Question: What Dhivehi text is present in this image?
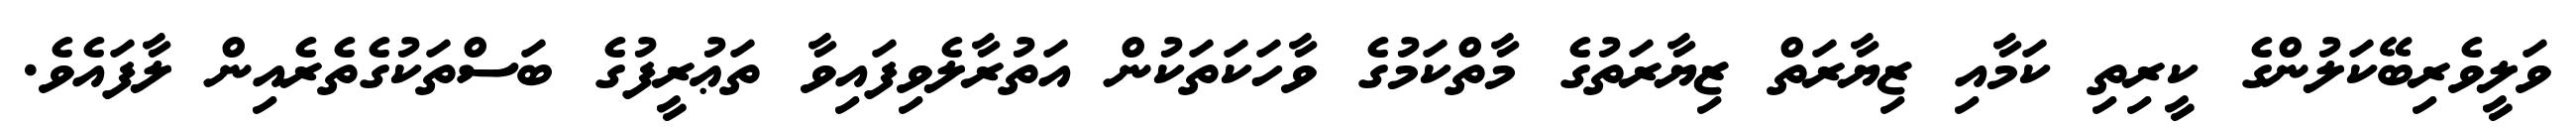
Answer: ވަލީވެރިބޭކަލުންގެ ކީރިތި ކަމާއި ޒިޔާރަތް ޒިޔާރަތުގެ މާތްކަމުގެ ވާހަކަތަކުން އަތުރާލެވިފައިވާ ތަޢުރީފުގެ ބަސްތަކުގެތެރެއިން ލާފައެވެ.